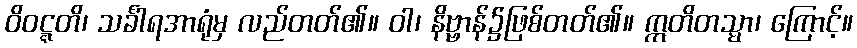
ဝိဝဋ္ဋတိ၊ သင်္ခါရအာရုံမှ လည်တတ်၏။ ဝါ၊ နိဗ္ဗာန်၌ဖြစ်တတ်၏။ ဣတိတသ္မာ၊ ကြောင့်။